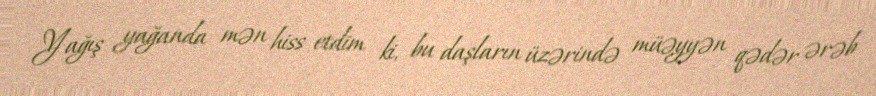
Yağış yağanda mən hiss etdim ki, bu daşların üzərində müəyyən qədər ərəb